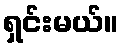
ရှင်းမယ်။